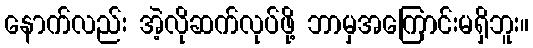
နောက်လည်း အဲ့လိုဆက်လုပ်ဖို့ ဘာမှအကြောင်းမရှိဘူး။